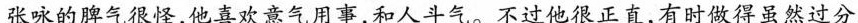
张咏的脾气很怪，他喜欢意气用事，和人斗气。不过他很正直，有时做得虽然过分，